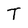
Character: T